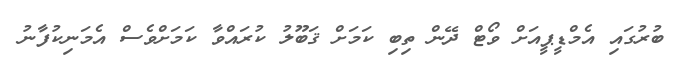
ބުރުގައި އެމްޑީޕީއަށް ވޯޓް ދޭން ތިބި ކަމަށް ޤަބޫލު ކުރައްވާ ކަމަށްވެސް އެމަނިކުފާނު